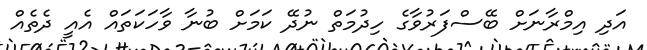
އަދި އިމްރާނަށް ބޭސްފަރުވާގެ ހިދުމަތް ނުދޭ ކަމަށް ބުނާ ވާހަކަތައް އެއީ ދެތެއް